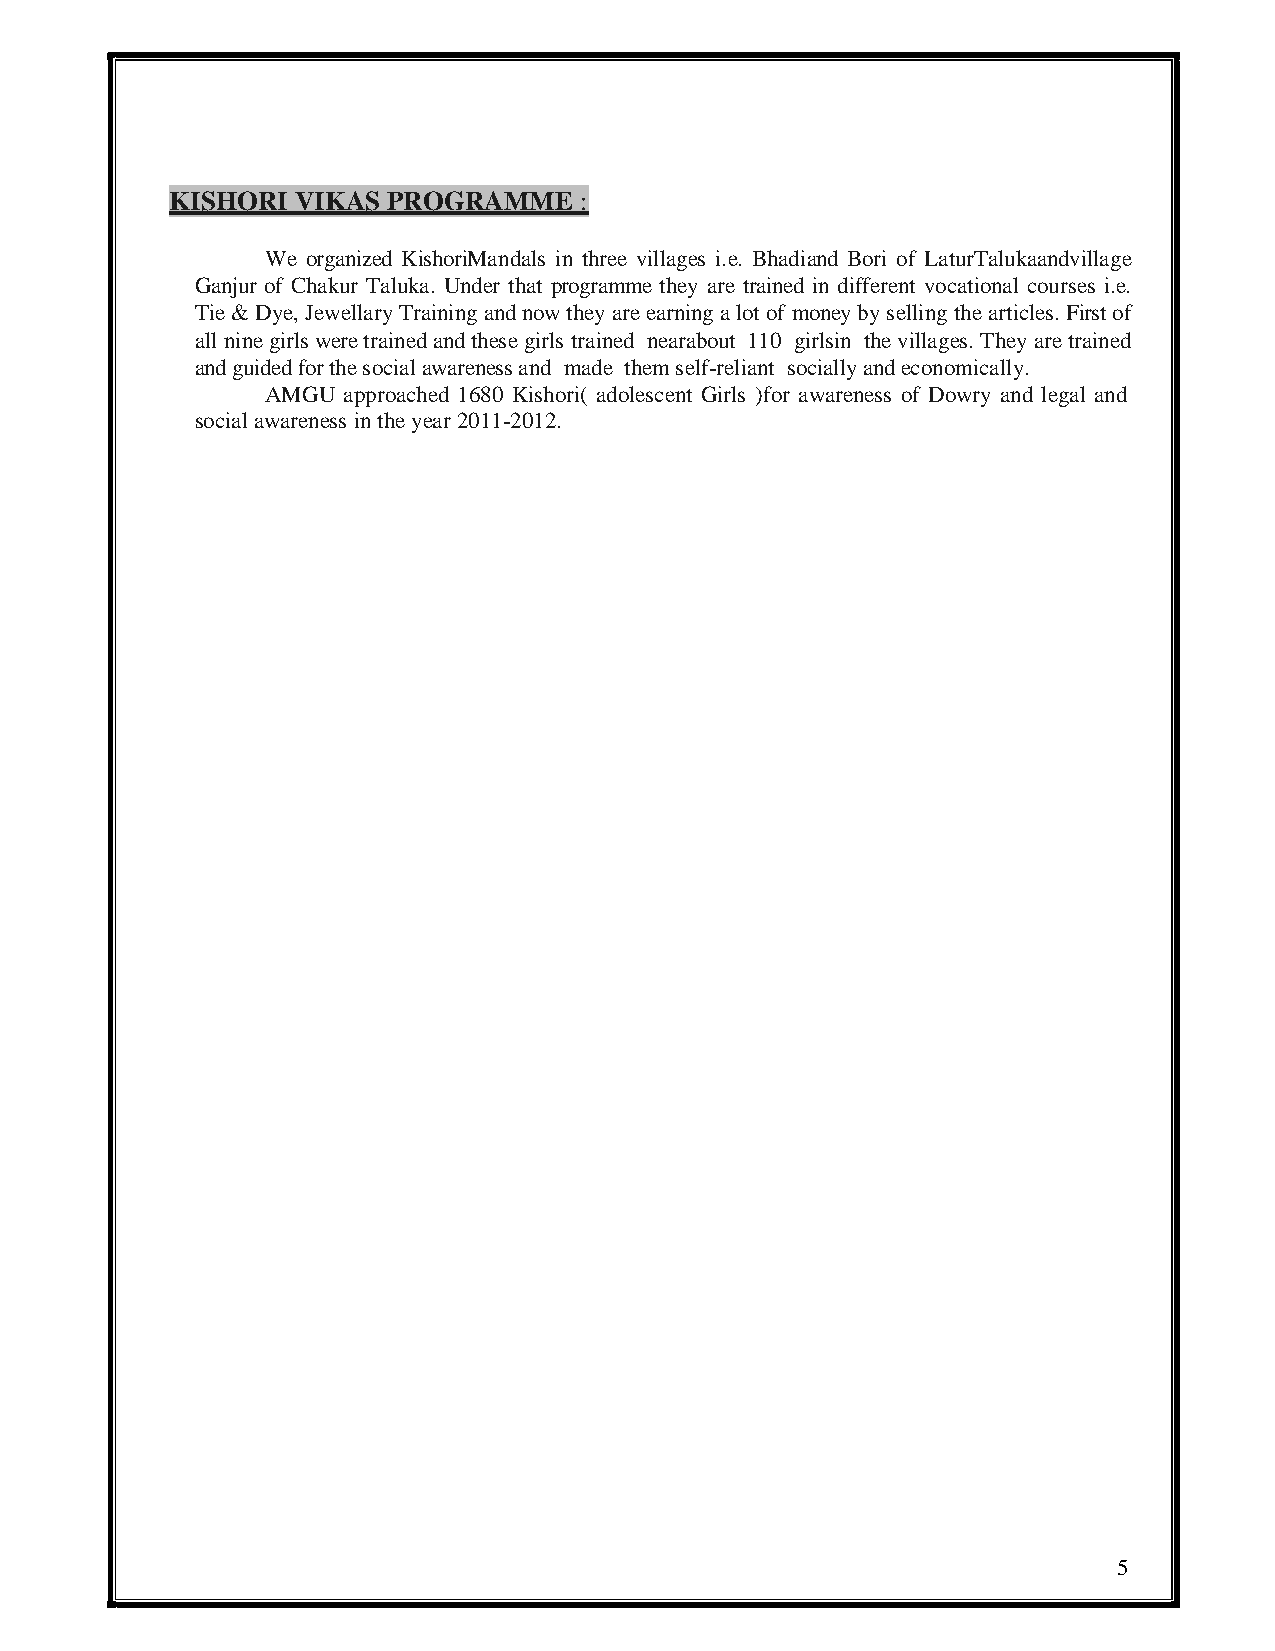
KISHORI VIKAS  PROGRAMME   :
 We organized KishoriMandals in three villages i.e. Bhadiand Bori of LaturTalukaandvillage
 Ganjur of Chakur Taluka. Under that programme they are trained in different vocational courses i.e.
 Tie & Dye, Jewellary Training and now they are earning a lot of money by selling the articles. First of
 all nine girls were trained and these girls trained nearabout 110 girlsin the villages. They are trained
 and guided for the social awareness and made them self-reliant socially and economically.
 AMGU approached 1680 Kishori( adolescent Girls )for awareness of Dowry and legal and
 social awareness in the year 2011-2012.
 5